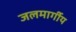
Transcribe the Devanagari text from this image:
जलमार्गीय